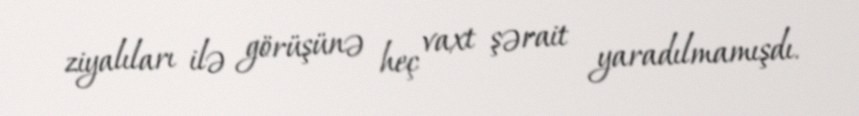
ziyalıları ilə görüşünə heç vaxt şərait yaradılmamışdı.